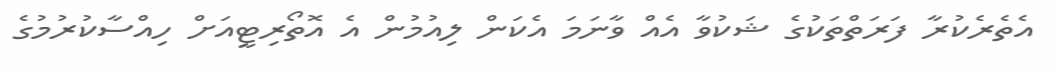
އެތެރެކުރާ ފަރަތްތަކުގެ ޝަކުވާ އެއް ވާނަމަ އެކަން ލިއުމުން އެ އޮތޯރިޓީއަށް ހިއްސާކުރުމުގެ